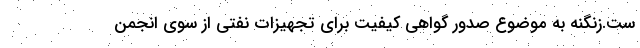
ست.زنگنه به موضوع صدور گواهی کیفیت برای تجهیزات نفتی از سوی انجمن